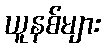
ယူနစ်များ